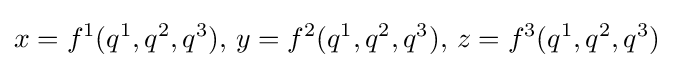
x=f^{1}(q^{1},q^{2},q^{3}),\,y=f^{2}(q^{1},q^{2},q^{3}),\,z=f^{3}(q^{1},q^{2},q^{3})